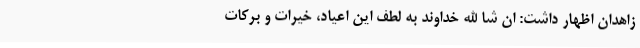
زاهدان اظهار داشت: ان شا الله خداوند به لطف این اعیاد، خیرات و برکات